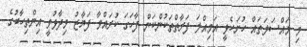
މި މައްސަލަތައް ހުށަހެޅީ އަމިއްލަ ފަރާތްތަކުންކަން ފާހަގަ ކުރައްވާ ފަޔާޒު ވިދާޅުވީ އިންތިހާބުގެ